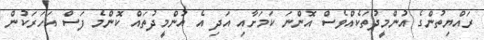
ރައްޔިތުންގެ އުންމީދުތަކެއްވެސް އޮންނަ ކަމަށާއި އަދި އެ އުންމީދުތައް ކޮންމެ ފަސް އަހަރަކުން